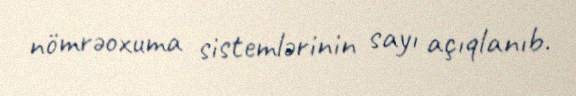
nömrəoxuma sistemlərinin sayı açıqlanıb.